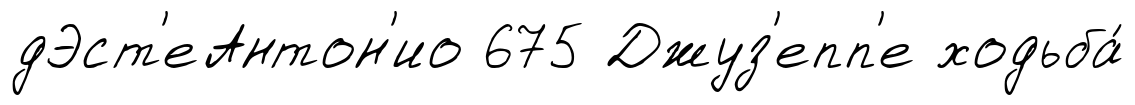
дЭст'еАнтон'ио 675 Джуз'епп'е ходьба́